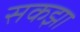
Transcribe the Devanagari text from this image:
सकझा